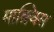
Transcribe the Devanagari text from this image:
माक़्विस